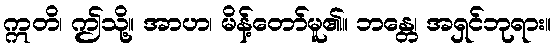
ဣတိ၊ ဤသို့။ အာဟ၊ မိန့်တော်မူ၏။ ဘန္တေ၊ အရှင်ဘုရား။